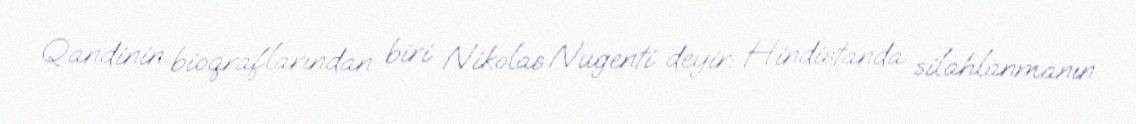
Qandinin bioqraflarından biri Nikolas Nugenti deyir: Hindistanda silahlanmanın